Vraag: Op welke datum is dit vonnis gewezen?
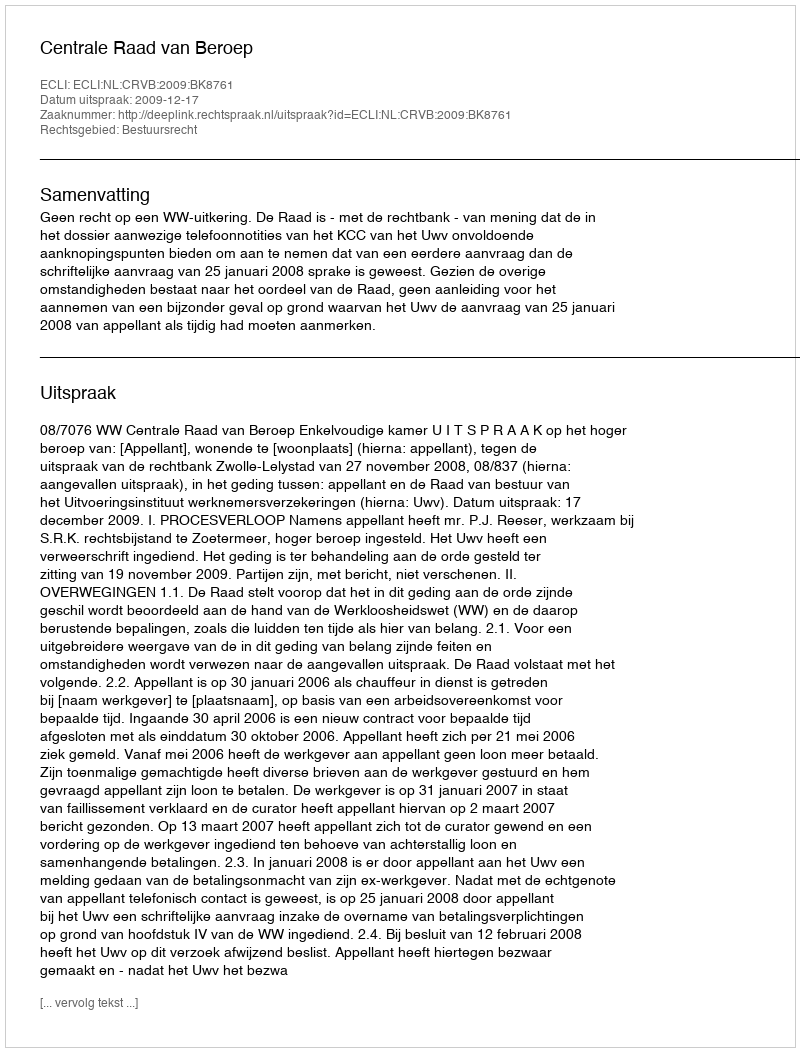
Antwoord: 2009-12-17